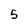
Character: 5